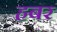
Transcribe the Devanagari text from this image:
हबर